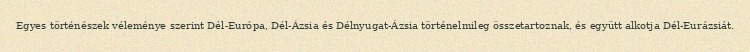
Egyes történészek véleménye szerint Dél-Európa, Dél-Ázsia és Délnyugat-Ázsia történelmileg összetartoznak, és együtt alkotja Dél-Eurázsiát.